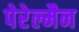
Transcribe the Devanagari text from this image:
पेरेल्मैन